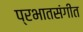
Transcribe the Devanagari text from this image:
प्रभातसंगीत